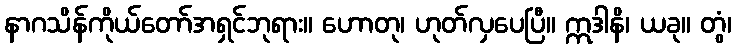
နာဂသိန်ကိုယ်တော်အရှင်ဘုရား။ ဟောတု၊ ဟုတ်လှပေပြီ။ ဣဒါနိ၊ ယခု။ တွံ၊